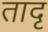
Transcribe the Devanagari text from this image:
तादृ